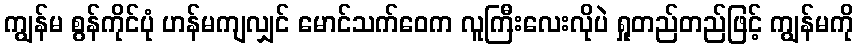
ကျွန်မ စွန်ကိုင်ပုံ ဟန်မကျလျှင် မောင်သက်ဝေက လူကြီးလေးလိုပဲ ရှုတည်တည်ဖြင့် ကျွန်မကို